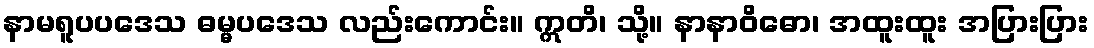
နာမရူပပဒေသ ဓမ္မပဒေသ လည်းကောင်း။ ဣတိ၊ သို့။ နာနာဝိဓော၊ အထူးထူး အပြားပြား